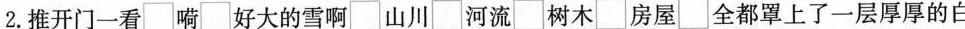
2.推开门一看\Box 嗬\Box 好大的雪啊\Box 山川\Box 河流\Box 树木\Box 房屋\Box 全都罩上了一层厚厚的白